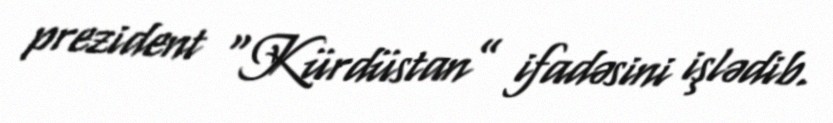
prezident “Kürdüstan” ifadəsini işlədib.